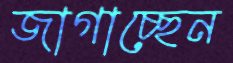
জাগাচ্ছেন